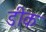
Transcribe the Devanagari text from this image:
डीक